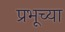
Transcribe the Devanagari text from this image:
प्रभूच्या